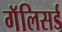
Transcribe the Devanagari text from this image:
गॅलिसर्ड